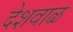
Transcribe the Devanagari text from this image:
देशवाळ